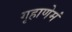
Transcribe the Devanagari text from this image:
गृहाणेमं